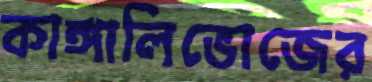
কাঙ্গালিভোজের